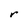
Character: r